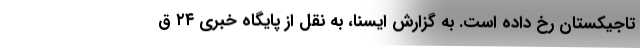
تاجیکستان رخ داده است. به گزارش ایسنا، به نقل از پایگاه خبری ۲۴ ق